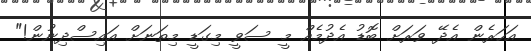
އަހަރެން އެދޭ ވަރަށް ބޮޑު އެދުމެއް މީ ސަވީ މިގަޑީ މިތަނަށް އައިސްދިނުން!"